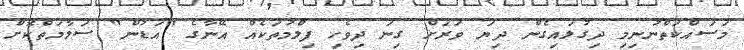
މަސައްކަތްނުނިމި ދިގުލައިގެން ދިޔަ ވަރަށް ގިނަ ދިވެހި ފިލްމުތަކެއް އޭނާގެ "އަޑުން" ސަލާމަތްކޮށް